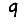
Digit: 9